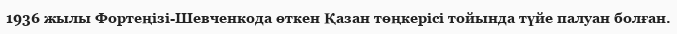
1936 жылы Фортеңізі-Шевченкода өткен Қазан төңкерісі тойында түйе палуан болған.